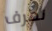
نعرف